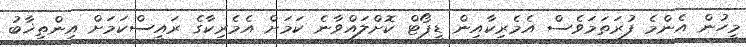
މީހުން އެންމެ ފުރަތަމަވެސް އެމެރިކާއިން ޑީޕޯޓް ކޮށްލައްވާނެ ކަމަށް އެމެރިކާގެ ރައީސްކަމަށް އިންތިޚާބު